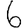
Digit: 6